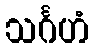
သင်္ဂဟံ